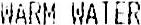
WARM WATER